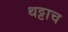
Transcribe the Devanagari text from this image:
थट्टाच